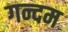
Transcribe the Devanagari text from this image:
गन्दम